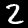
Digit: 2